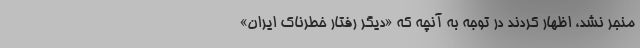
منجر نشد، اظهار کردند در توجه به آنچه که «دیگر رفتار خطرناک ایران»